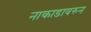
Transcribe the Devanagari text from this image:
नाकाडावरुन